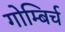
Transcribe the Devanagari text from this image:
गोम्बिर्च